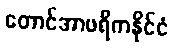
တောင်အာဖရိကနိုင်ငံ